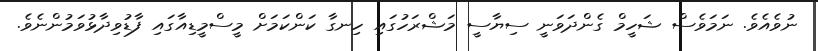
ނުވެއެވެ. ނަމަވެސް ޝަހީމް ގެންދަވަނީ ސިޔާސީ މަޝްރަހުގައި ހިނގާ ކަންކަމަށް މީސްމީޑިއާގައި ފާޑުވިދާޅުވަމުންނެވެ.